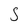
Character: S